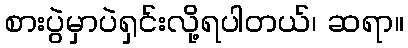
စားပွဲမှာပဲရှင်းလို့ရပါတယ်၊ ဆရာ။